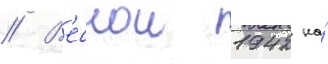
// В'еснои 1942 на́